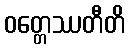
ဝတ္တေဿတီတိ